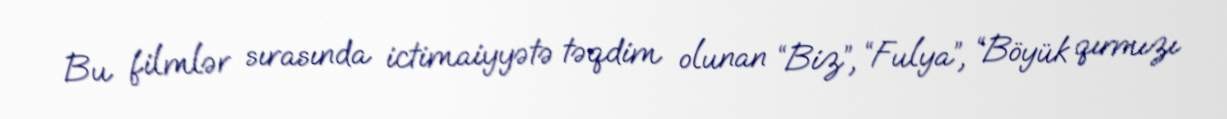
Bu filmlər sırasında ictimaiyyətə təqdim olunan “Biz”, “Fulya”, “Böyük qırmızı